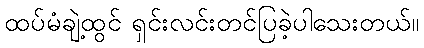
ထပ်မံချဲ့ထွင် ရှင်းလင်းတင်ပြခဲ့ပါသေးတယ်။